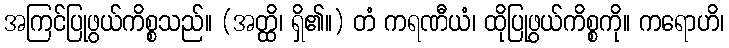
အကြင်ပြုဖွယ်ကိစ္စသည်။ (အတ္ထိ၊ ရှိ၏။) တံ ကရဏီယံ၊ ထိုပြုဖွယ်ကိစ္စကို။ ကရောဟိ၊